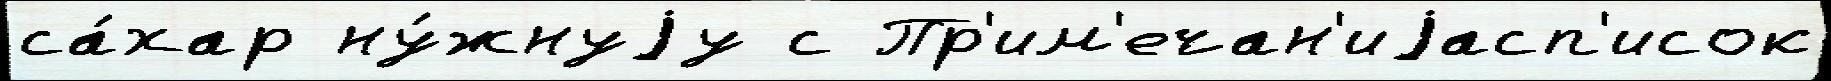
са́хар ну́жнуjу с Пр'им'ечан'иjасп'исок